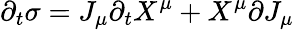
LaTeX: \partial_{t}\sigma=J_{\mu}\partial_{t}X^{\mu}+X^{\mu}\partial J_{\mu}